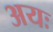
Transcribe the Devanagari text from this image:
अयः